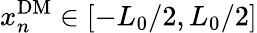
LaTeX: x_{n}^{\mathrm{DM}}\in[-L_{0}/2,L_{0}/2]